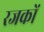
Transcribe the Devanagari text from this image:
रजकों